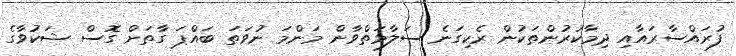
ފުރައްސާރައާއި ދިމާކުރުންތަކުން ރެކިގަނެ ސަލާމަތްވާން މަންމަ ނުވަތަ ބައްޕަ ގާތަށް ގޮސް ޝަކުވާގެ